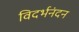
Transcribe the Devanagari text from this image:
विदर्भनंदन